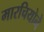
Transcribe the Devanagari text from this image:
मारचियोने